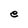
Character: e